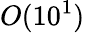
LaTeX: O(10^{1})